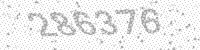
Solution: 286376